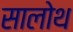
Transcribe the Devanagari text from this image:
सालोथ